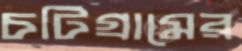
চটিগ্রামের